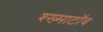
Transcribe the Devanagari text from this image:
श्ख्माटॉव